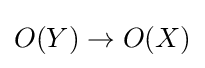
O(Y)\to O(X)